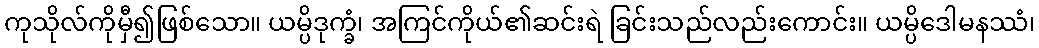
ကုသိုလ်ကိုမှီ၍ဖြစ်သော။ ယမ္ပိဒုက္ခံ၊ အကြင်ကိုယ်၏ဆင်းရဲ ခြင်းသည်လည်းကောင်း။ ယမ္ပိဒေါမနဿံ၊